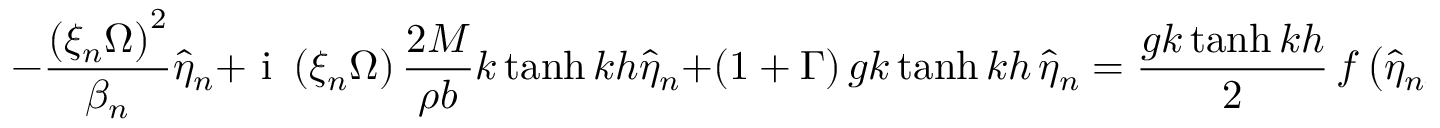
- \frac { \left( \xi _ { n } \Omega \right) ^ { 2 } } { \beta _ { n } } \hat { \eta } _ { n } + \mathrm { ~ i ~ } \left( \xi _ { n } \Omega \right) \frac { 2 M } { \rho b } k \operatorname { t a n h } { k h } \hat { \eta } _ { n } + \left( 1 + \Gamma \right) g k \operatorname { t a n h } { k h } \, \hat { \eta } _ { n } = \frac { g k \operatorname { t a n h } { k h } } { 2 } \, f \left( \hat { \eta } _ { n - 1 } + \hat { \eta } _ { n + 1 } \right) ,